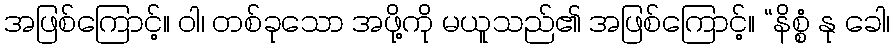
အဖြစ်ကြောင့်။ ဝါ၊ တစ်ခုသော အဖို့ကို မယူသည်၏ အဖြစ်ကြောင့်။ “နိစ္စံ နု ခေါ၊